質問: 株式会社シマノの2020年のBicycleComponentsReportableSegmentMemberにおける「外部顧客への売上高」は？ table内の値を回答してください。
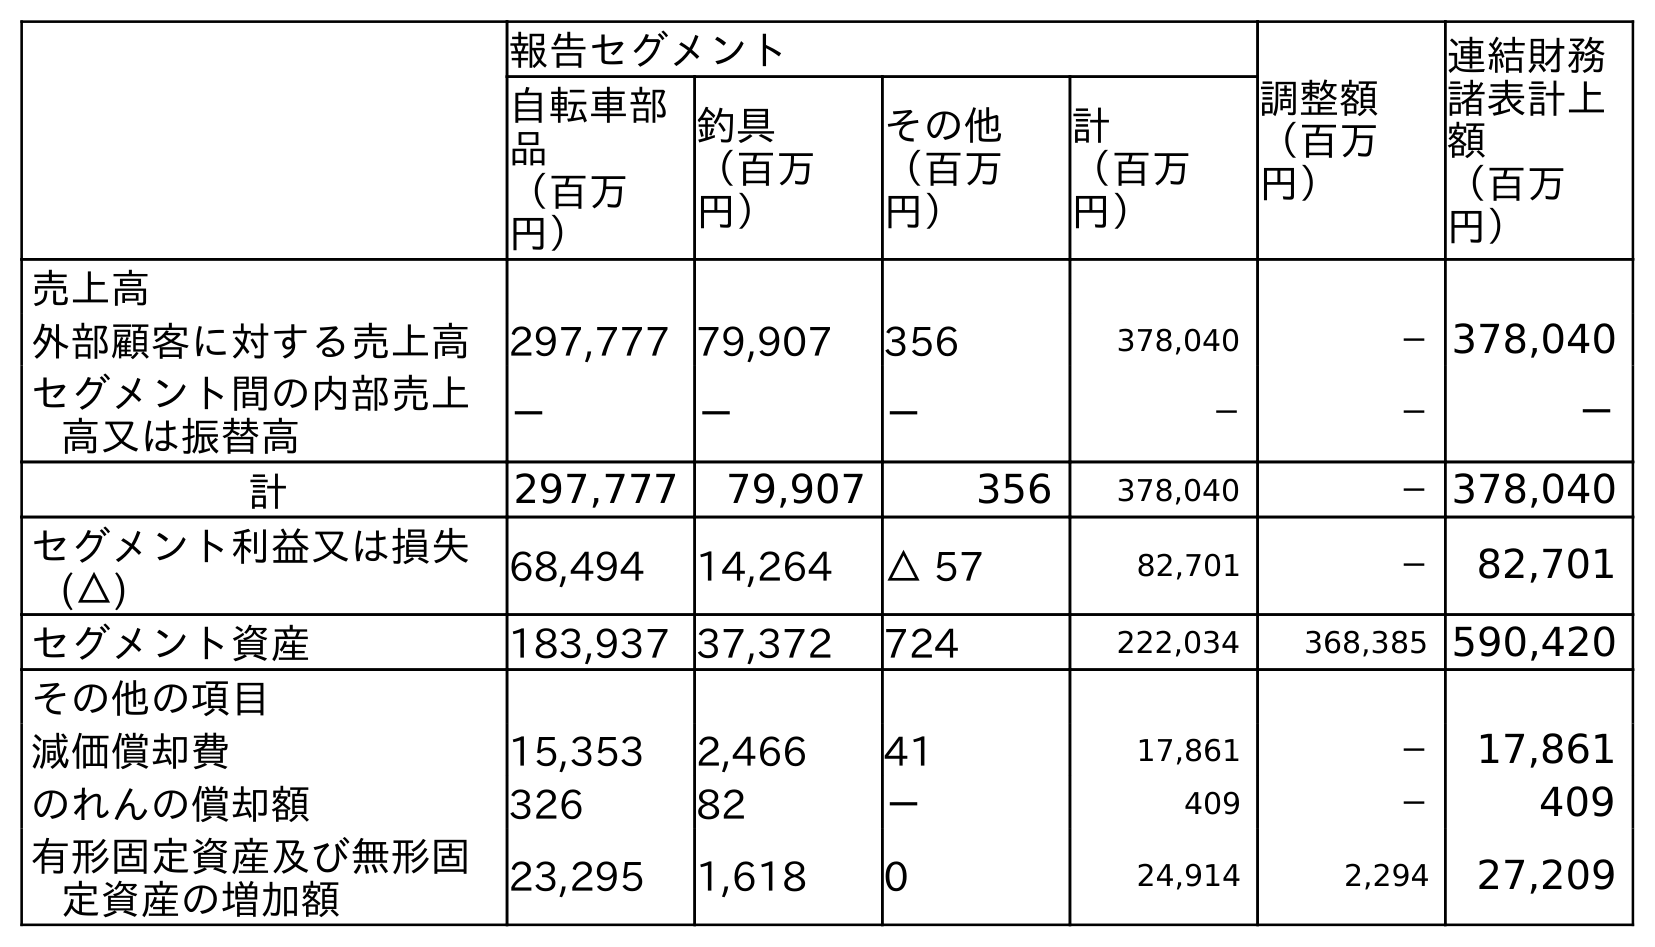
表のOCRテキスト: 報告セグメント 調整額 （百万 円） 連結財務 諸表計上 額 （百万 円） 自転車部 品 （百万 円） 釣具 （百万 円） その他 （百万 円） 計 （百万 円） 売上高 外部顧客に対する売上高 297,777 79,907 356 378,040 －378,040 セグメント間の内部売上 高又は振替高 － － － － － － 計 297,777 79,907 356 378,040 －378,040 セグメント利益又は損失 (△) 68,494 14,264 △ 57 82,701 － 82,701 セグメント資産 183,937 37,372 724 222,034 368,385 590,420 その他の項目 減価償却費 15,353 2,466 41 17,861 － 17,861 のれんの償却額 326 82 － 409 － 409 有形固定資産及び無形固 定資産の増加額 23,295 1,618 0 24,914 2,294 27,209
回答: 297,777